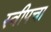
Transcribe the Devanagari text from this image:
स्वीपचा